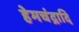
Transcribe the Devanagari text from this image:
हेमचंद्रादि